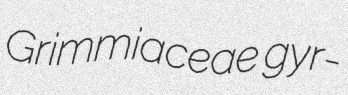
Grimmiaceae gyr-